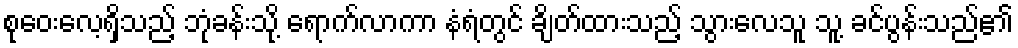
စုဝေးလေ့ရှိသည့် ဘုံခန်းသို့ ရောက်လာကာ နံရံတွင် ချိတ်ထားသည့် သွားလေသူ သူ့ ခင်ပွန်းသည်၏